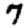
Digit: 7